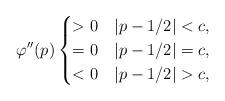
LaTeX: \begin{align*}\varphi''(p)\begin{cases}>0& |p-1/2| < c,\\=0& |p-1/2| = c,\\<0& |p-1/2| > c,\end{cases}\end{align*}